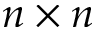
n \times n